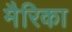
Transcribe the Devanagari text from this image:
मैरिका